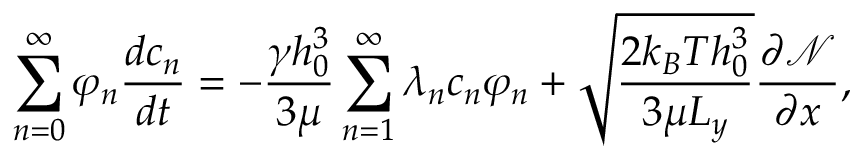
\sum _ { n = 0 } ^ { \infty } \varphi _ { n } \frac { d c _ { n } } { d t } = - \frac { \gamma h _ { 0 } ^ { 3 } } { 3 \mu } \sum _ { n = 1 } ^ { \infty } \lambda _ { n } c _ { n } \varphi _ { n } + \sqrt { \frac { 2 k _ { B } T h _ { 0 } ^ { 3 } } { 3 \mu L _ { y } } } \frac { \partial \mathcal { N } } { \partial x } ,